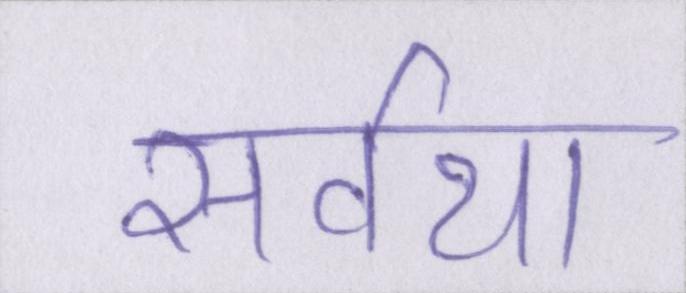
सर्वथा